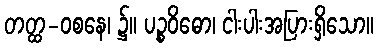
တတ္ထ-ဝစနေ၊ ၌။ ပဉ္စဝိဓော၊ ငါးပါးအပြားရှိသော။